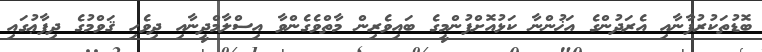
ބޮޑުތަކުރުފާނާއި އެރަދުންގެ އަޚުންނާ ކަޅުއޮށްފުންމީގެ ބައިވެރިން މާތްވެގެންވާ އިސްލާމްދީނާއި ދިވެހި ޤަވްމުގެ ދިފާޢުގައި